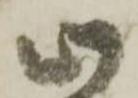
此